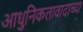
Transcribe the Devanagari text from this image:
आधुनिकतावादाच्या